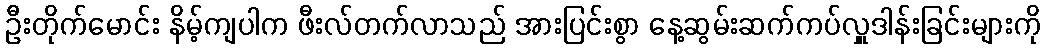
ဦးတိုက်မောင်း နိမ့်ကျပါက ဖီးလ်တက်လာသည် အားပြင်းစွာ နေ့ဆွမ်းဆက်ကပ်လှူဒါန်းခြင်းများကို